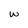
Character: w